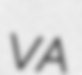
VA